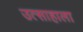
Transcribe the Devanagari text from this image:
उत्साहाला